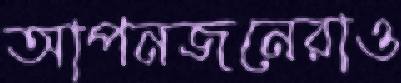
আপনজনেরাও